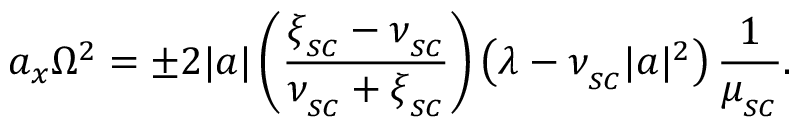
a _ { x } \Omega ^ { 2 } = \pm 2 | a | \left( \frac { \xi _ { _ { S C } } - \nu _ { _ { S C } } } { \nu _ { _ { S C } } + \xi _ { _ { S C } } } \right) \left( \lambda - \nu _ { _ { S C } } | a | ^ { 2 } \right) \frac { 1 } { \mu _ { _ { S C } } } .